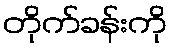
တိုက်ခန်းကို